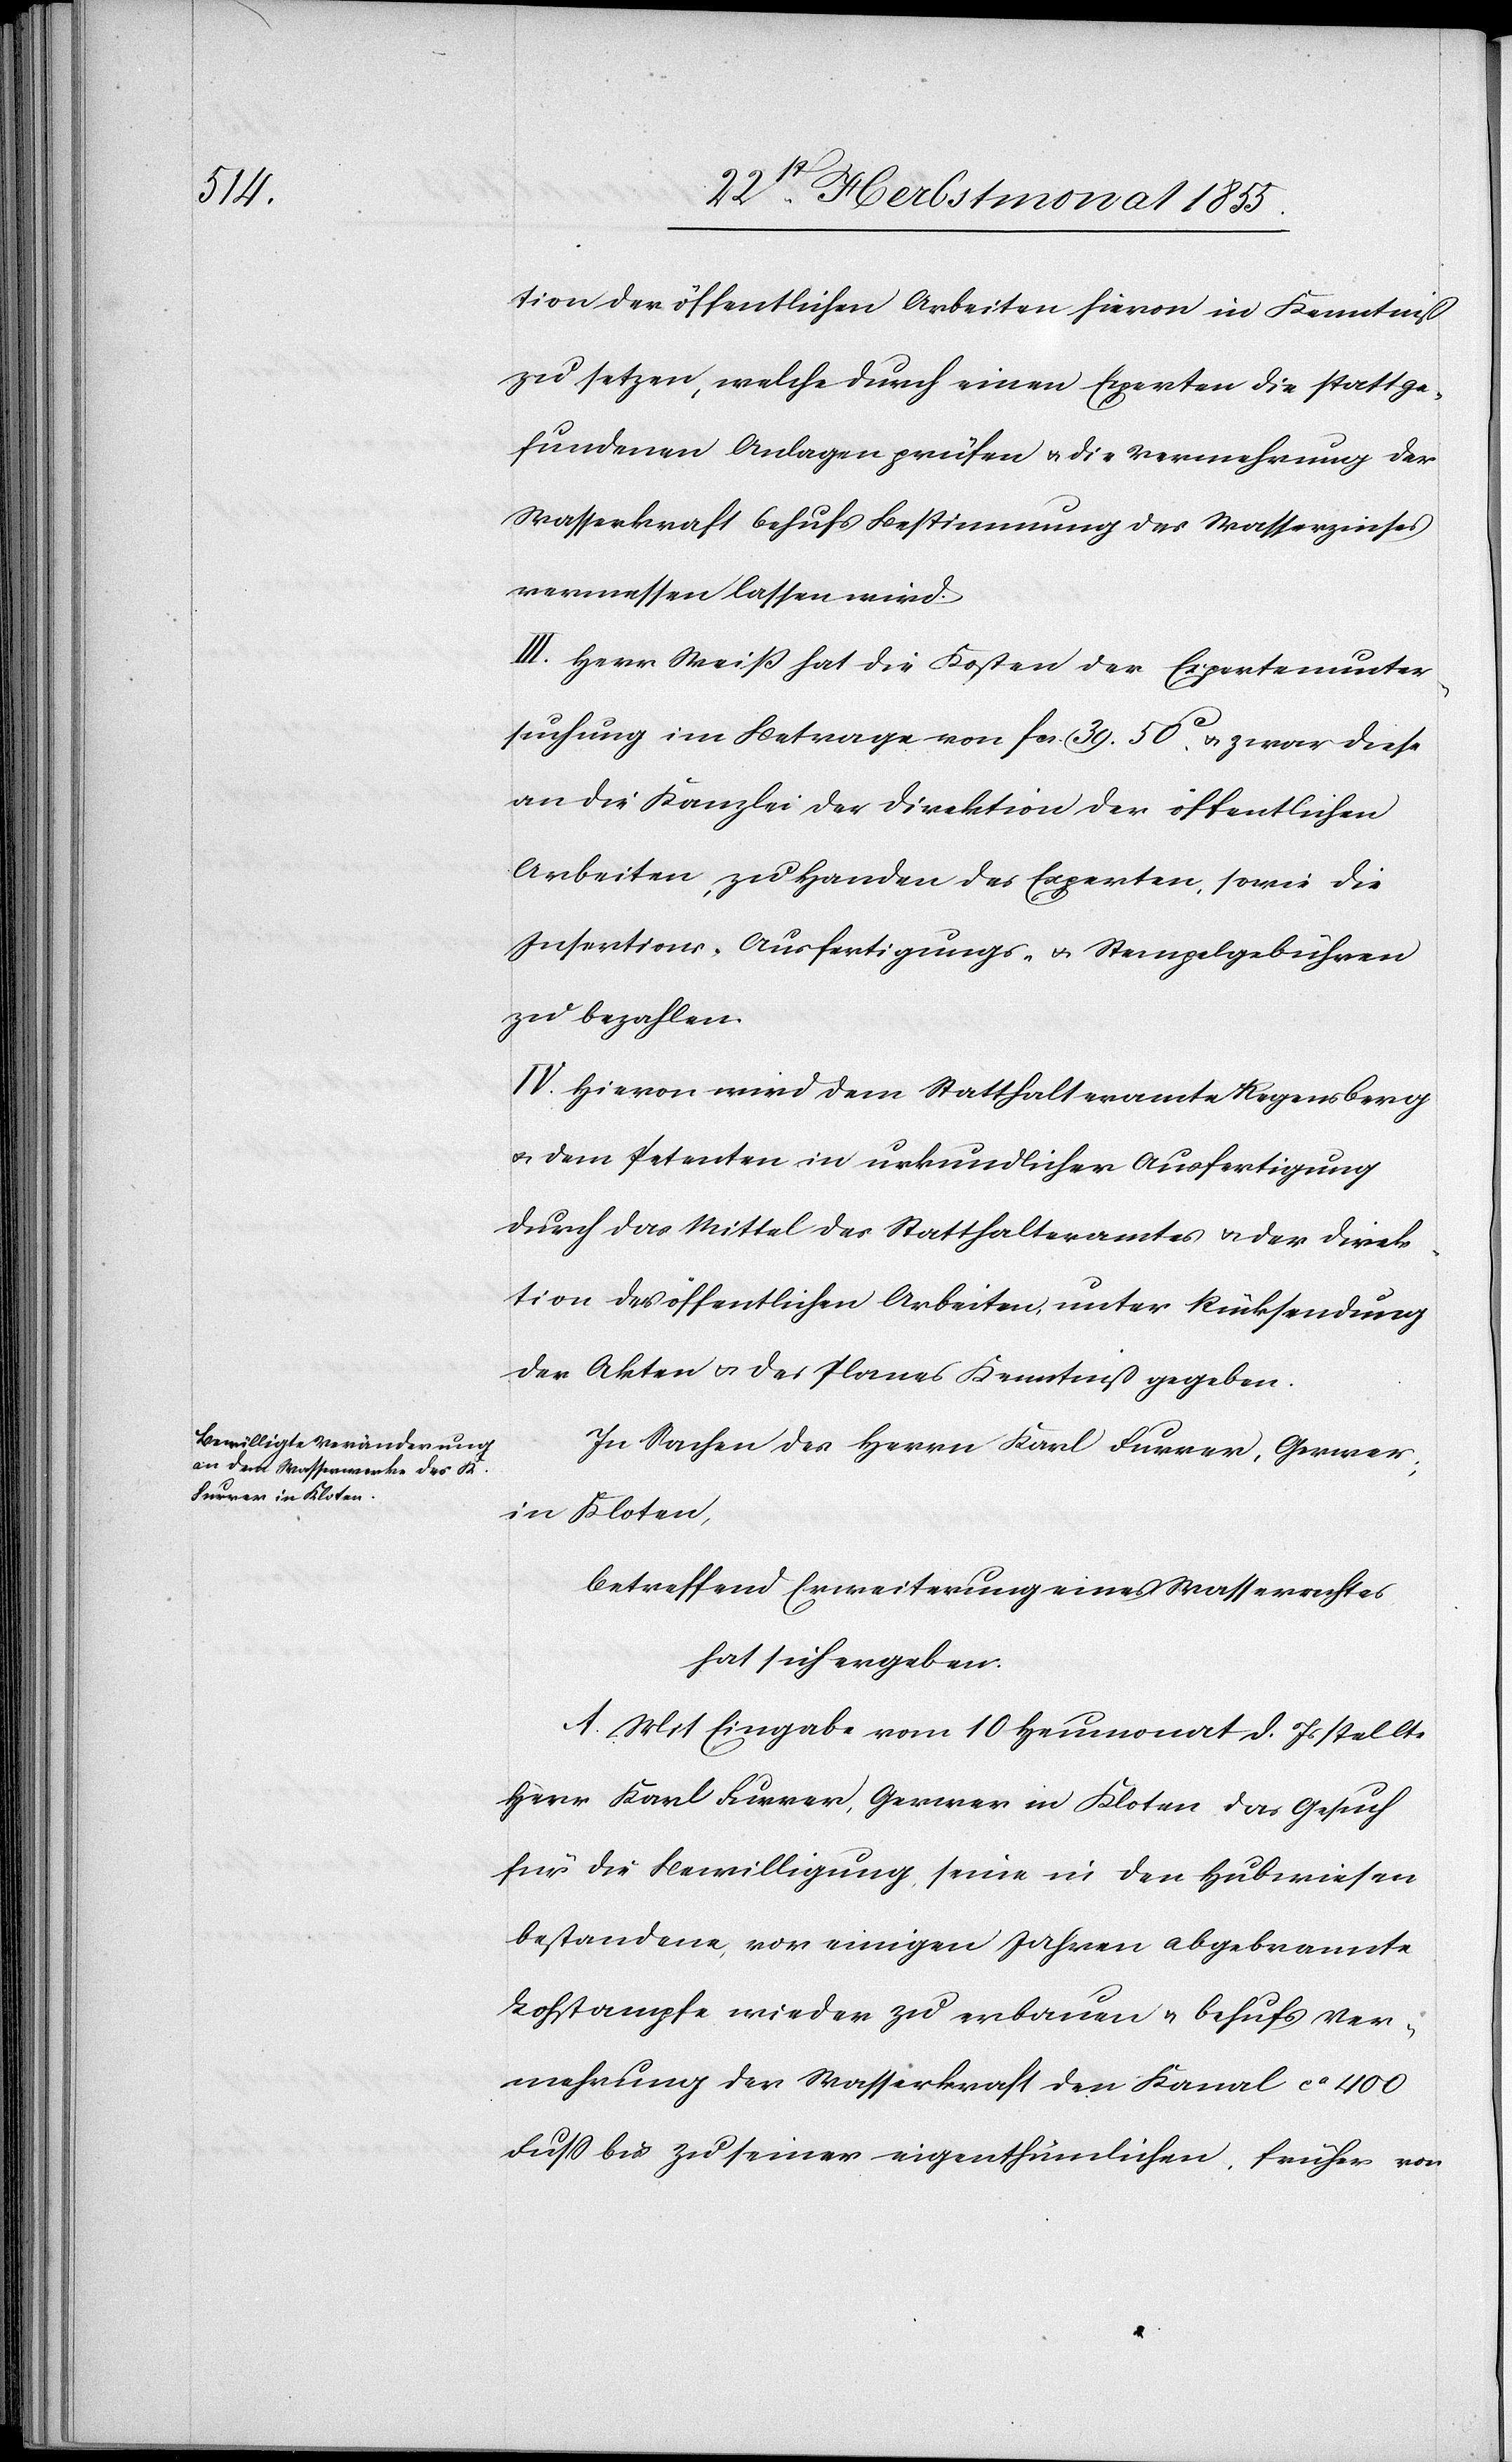
tion der öffentlichen Arbeiten hievon in Kenntniß
zu setzen, welche durch einen Experten die stattge¬
fundenen Anlagen prüfen & die Vermehrung der
Wasserkraft behufs Bestimmung des Wasserzinses
vermessen lassen wird.
III. Herr Weiß hat die Kosten der Expertenunter¬
suchung im Betrage von Fcs. 39. 50c. & zwar diese
an die Kanzlei der Direktion der öffentlichen
Arbeiten, zu Handen des Experten, sowie die
Insertions-[,] Ausfertigungs- & Stempelgebühren
zu bezahlen.
IV. Hievon wird dem Statthalteramte Regensberg
& dem Petenten in urkundlicher Ausfertigung
durch das Mittel des Statthalteramtes & der Direk¬
tion des [sic!] öffentlichen Arbeiten, unter Rücksendung
der Akten & des Planes Kenntniß gegeben.
In Sachen des Herrn Karl Furrer, Gerwer;
Kloten,
in
betreffend Erweiterung eines Wasserrechtes
hat sich ergeben:
A. Mit Eingabe vom 10 Heumonat d. Js stellte
Herr Karl Furrer, Gerwer in Kloten das Gesuch
für die Bewilligung, seine in den Hubwiesen
bestandene, vor einigen Jahren abgebrannte
Lohstampfe wieder zu erbauen & behufs Ver¬
mehrung der Wasserkraft den Kanal ca 400
Fuss bis zu seiner eigenthümlichen, früher von